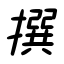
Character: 撰